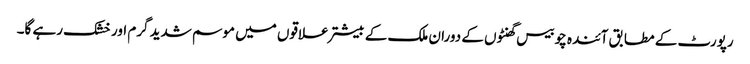
رپورٹ کے مطابق آئندہ چوبیس گھنٹوں کے دوران ملک کے بیشتر علاقوں میں موسم شدید گرم اور خشک رہے گا۔